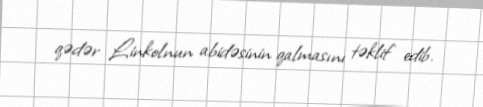
qədər Linkolnun abidəsinin qalmasını təklif edib.